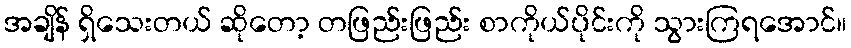
အချိန် ရှိသေးတယ် ဆိုတော့ တဖြည်းဖြည်း စာကိုယ်ပိုင်းကို သွားကြရအောင်။